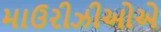
માઉરીઝીઓએ